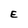
Character: E